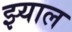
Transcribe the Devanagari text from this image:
झ्याल